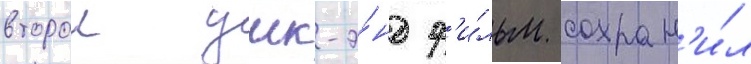
второи уик-э́нд ф'и́льм сохран'и́л